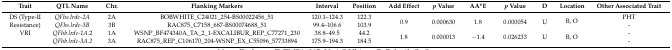
<table><thead><tr><td><b>Trait</b></td><td><b>QTL Name</b></td><td><b>Chr.</b></td><td><b>Flanking Markers</b></td><td><b>Interval </b></td><td><b>Position</b></td><td><b>Add Effect</b></td><td><b><i>p</i> Value</b></td><td><b>AA*E</b></td><td><b><i>p</i> Value</b></td><td><b>D </b></td><td><b>Location </b></td><td><b>Other Associated Trait</b></td></tr></thead><tbody><tr><td>DS (Type-II</td><td><i>QFhs.lrdc-2A</i></td><td>2A</td><td>BOBWHITE_C24021_254-BS00022456_51</td><td>120.1–124.3</td><td>122.3</td><td rowspan="2">0.9</td><td rowspan="2">0.000630</td><td rowspan="2">1.8</td><td rowspan="2">0.000054</td><td rowspan="2">U</td><td rowspan="2">B, O</td><td>PHT</td></tr><tr><td>Resistance)</td><td><i>QFhs.lrdc-3B</i></td><td>3B</td><td>RAC875_C7158_687-BS00074688_51</td><td>99.4–106.6</td><td>103.9</td><td>-</td></tr><tr><td>VRI</td><td><i>QFhb.lrdc-1A</i>.2</td><td>1A</td><td>WSNP_BF474340A_TA_2_1-EXCALIBUR_REP_C77271_230</td><td>38.8–49.5</td><td>44.2</td><td rowspan="2">1.8</td><td rowspan="2">0.000013</td><td rowspan="2">−1.4</td><td rowspan="2">0.026233</td><td rowspan="2">U</td><td rowspan="2">B, O</td><td>-</td></tr><tr><td></td><td><i>QFhb.lrdc-3A.2</i></td><td>3A</td><td>RAC875_REP_C106170_204-WSNP_EX_C55096_57733894</td><td>175.9–194.3</td><td>184.5</td><td>-</td></tr></tbody></table>